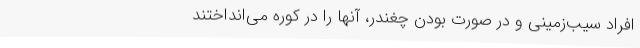
افراد سیب‌زمینی و در صورت بودن چغندر، آنها را در کوره می‌انداختند